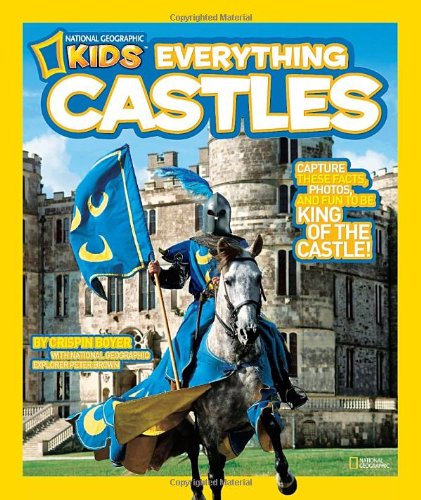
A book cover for National Geographic Kids Everything Castles: Capture These Facts, Photos, and Fun to Be King of the Castle!; Crispin Boyer; Children's Books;